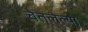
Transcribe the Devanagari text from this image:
चेतलेल्या